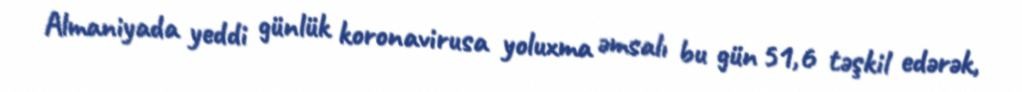
Almaniyada yeddi günlük koronavirusa yoluxma əmsalı bu gün 51,6 təşkil edərək,